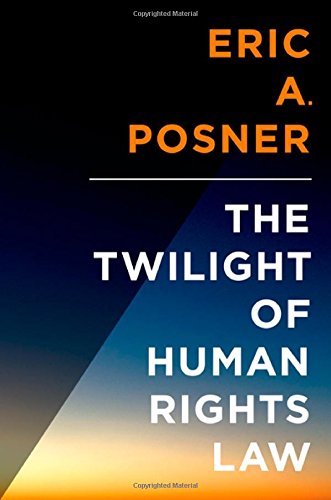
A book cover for The Twilight of Human Rights Law (Inalienable Rights); Eric Posner; Law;